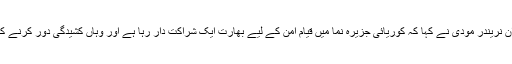
صدر مون کے ساتھ گفتگو کے دوران نریندر مودی نے کہا کہ کوریائی جزیرہ نما میں قیام امن کے لیے بھارت ایک شراکت دار رہا ہے اور وہاں کشیدگی دور کرنے کےلئے وہ ہر ممکنہ کوشش کرے گا۔